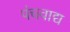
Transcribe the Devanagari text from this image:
पंचवाद्य